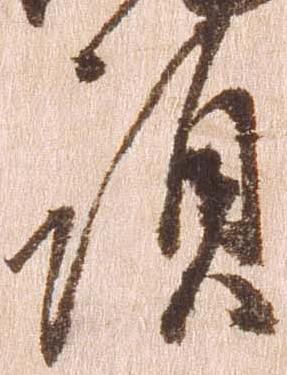
頭